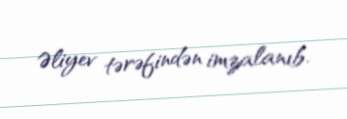
Əliyev tərəfindən imzalanıb.